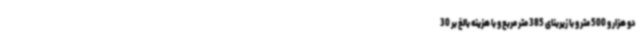
دو هزار و 500 متر و با زیربنای 385 متر مربع و با هزینه بالغ بر 30